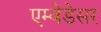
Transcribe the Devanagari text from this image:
एम्बेडेसर